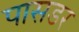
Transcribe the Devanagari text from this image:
पासडर